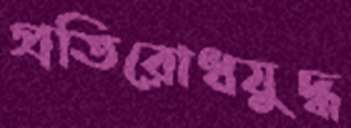
প্রতিরোধযুদ্ধ